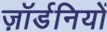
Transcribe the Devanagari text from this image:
ज़ॉर्डनियों